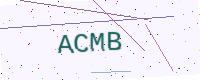
Text: ACMB